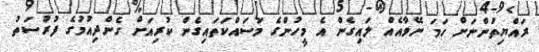
ރައްޔިތުންނަށް ހަމަ ނޭވާއެއް ލައިގެން އެ މީހުންގެ މަސައްކަތައިގެން ކުރިއަށް ގެންދިއުމުގެ ފުރުސަތު